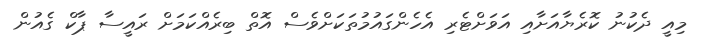
މިއީ ދެކުނު ކޮރެޔާއަށާއި އަވަށްޓެރި އެހެންގައުމުތަކަށްވެސް އޮތް ބިރެއްކަމަށް ރައީސާ ޕާކް ގެއުން